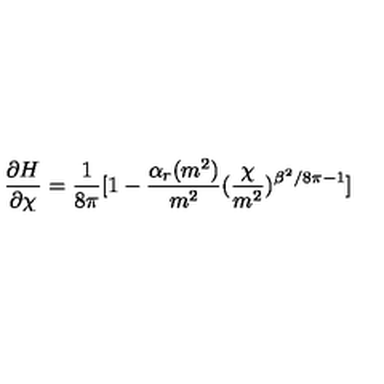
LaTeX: \frac { \partial H } { \partial \chi } = \frac { 1 } { 8 \pi } [ 1 - \frac { \alpha _ { r } ( m ^ { 2 } ) } { m ^ { 2 } } ( \frac { \chi } { m ^ { 2 } } ) ^ { \beta ^ { 2 } / 8 \pi - 1 } ]